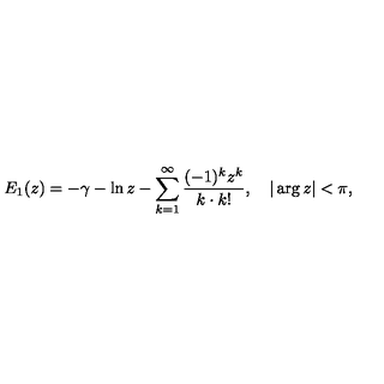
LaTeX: E _ { 1 } ( z ) = - \gamma - \ln z - \sum _ { k = 1 } ^ { \infty } \frac { ( - 1 ) ^ { k } z ^ { k } } { k \cdot k ! } , \quad | \arg z | < \pi { , }